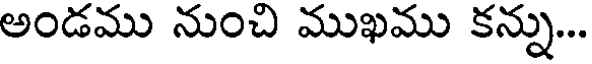
అండము నుంచి ముఖము కన్ను...